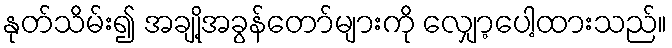
နုတ်သိမ်း၍ အချို့အခွန်တော်များကို လျှော့ပေါ့ထားသည်။